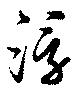
浮